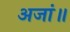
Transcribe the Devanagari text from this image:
अजां॥